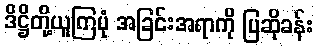
ဒိဋ္ဌိတို့ယူကြပုံ အခြင်းအရာကို ပြဆိုခန်း